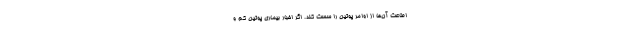
اطاعت آن‌ها از اوامر پوتین را سست کند. اگر اخبار بیماری پوتین کم و